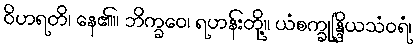
ဝိဟရတိ၊ နေ၏။ ဘိက္ခဝေ၊ ရဟန်းတို့။ ယံစက္ခုန္ဒြိယသံဝရံ၊